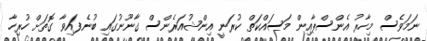
ނަމަވެސް މިހާރު އެންސްޕާއިން މަސައްކަތް ކުރަނީ އިންޝުއަރެންސް ގާނޫނުގައި ބުނެފައިވާ ގޮތަށް ހުރިހާ